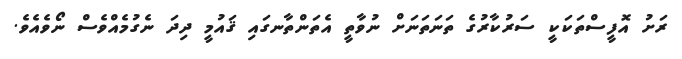
ރަށު އޮފީސްތަކަކީ ސަރުކާރުގެ ތަނަތަނަށް ނުވާތީ އެތަންތާނގައި ޤައުމީ ދިދަ ނެގުމެއްވެސް ނޯވެއެވެ.